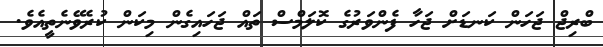
ބްރިޖް ޖަހަން ކަނޑަށް ޖަހާ ފެންވަރުގެ ކޮލަމްސް ތައް ޖަހައިގެން މިކަން ކުރެވޭނެތީއެވެ.